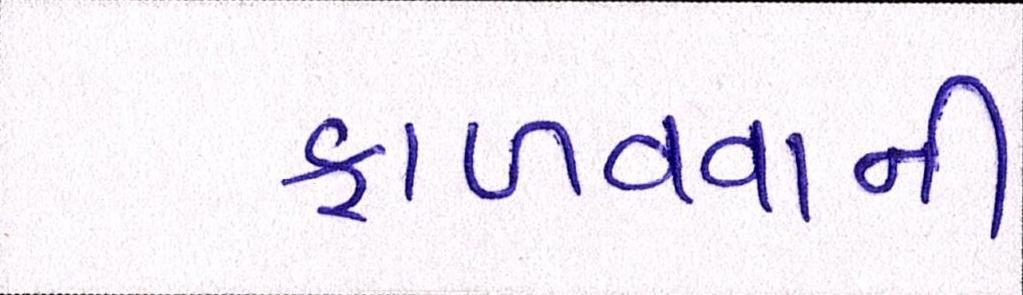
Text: ફાળવવાની